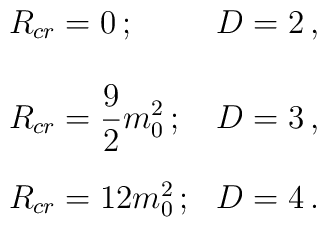
\begin{array}{ll}     R_{cr}=0\, ; & D=2\, ,\\[5mm]     \displaystyle R_{cr}=\frac{9}{2}m_{0}^{2}\, ; & D=3\, ,\\[5mm]     R_{cr}=12 m_{0}^{2}\, ; & D=4\, .\end{array}